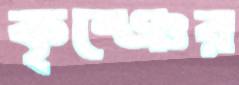
কৃষ্ঞের